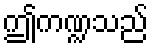
ဤကဏ္ဍသည်